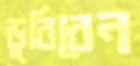
ডুবিবেন